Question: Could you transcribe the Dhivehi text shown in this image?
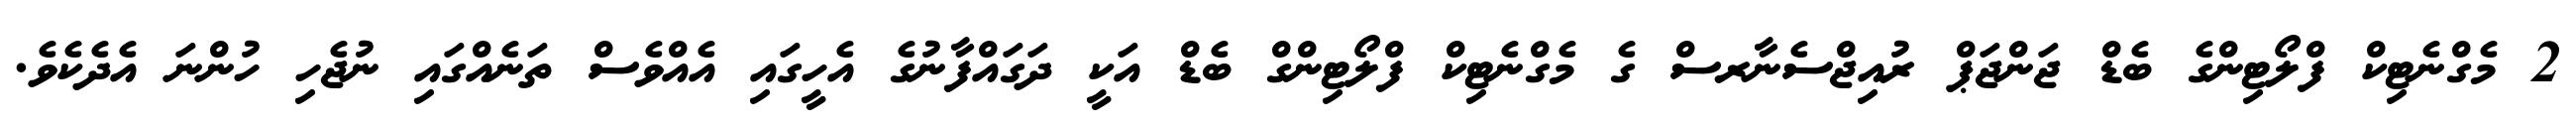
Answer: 2 މެގްނެޓިކް ފްލޯޓިންގެ ބެޑް ޖަންޖަޕް ރުއިޖްސެނާރސް ގެ މެގްނެޓިކް ފްލޯޓިންގް ބެޑް އަކީ ދަގައްފާނުގެ އެހީގައި އެއްވެސް ތަނެއްގައި ނުޖެހި ހުންނަ އެދެކެވެ.